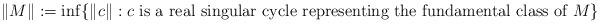
LaTeX: \begin{align*}\|M\| := \inf \{ \|c\| : \text{$c$ is a real singular cycle representing the fundamental class of $M$} \}\end{align*}